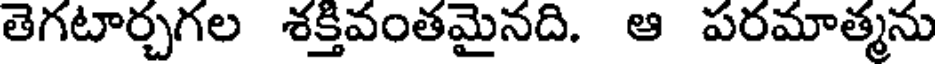
తెగటార్చగల శక్తివంతమైనది. ఆ పరమాత్మను